画像に写った文字を読んでください
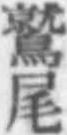
「鷲尾」と書いてあります